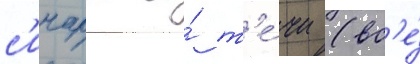
с'инары и́ т'е́чи (вс'е́